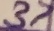
Text: 37